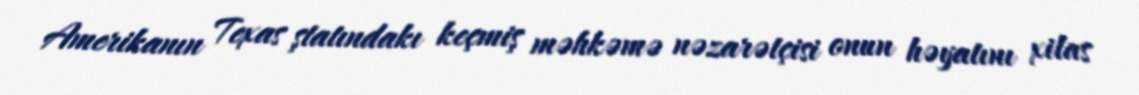
Amerikanın Texas ştatındakı keçmiş məhkəmə nəzarətçisi onun həyatını xilas